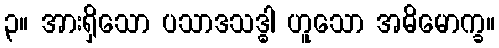
၃။ အားရှိသော ပသာဒသဒ္ဓါ ဟူသော အဓိမောက္ခ။